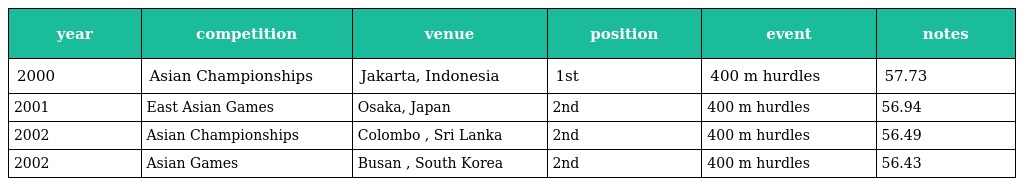
| year | competition | venue | position | event | notes |
 | --- | --- | --- | --- | --- | --- |
 | 2000 | Asian Championships | Jakarta, Indonesia | 1st | 400 m hurdles | 57.73 |
 | 2001 | East Asian Games | Osaka, Japan | 2nd | 400 m hurdles | 56.94 |
 | 2002 | Asian Championships | Colombo , Sri Lanka | 2nd | 400 m hurdles | 56.49 |
 | 2002 | Asian Games | Busan , South Korea | 2nd | 400 m hurdles | 56.43 |